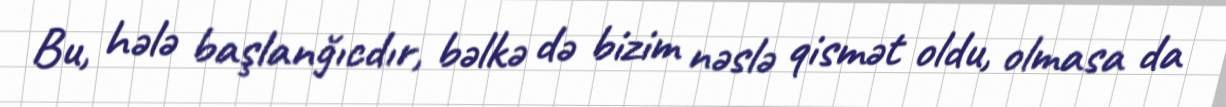
Bu, hələ başlanğıcdır, bəlkə də bizim nəslə qismət oldu, olmasa da